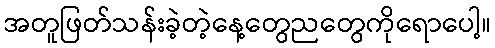
အတူဖြတ်သန်းခဲ့တဲ့နေ့တွေညတွေကိုရောပေါ့။